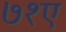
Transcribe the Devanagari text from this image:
७१ए